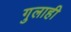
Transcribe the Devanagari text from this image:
गुलाही